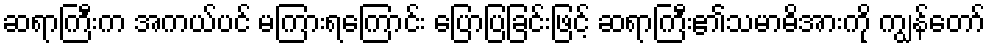
ဆရာကြီးက အကယ်ပင် မကြားရကြောင်း ပြောပြခြင်းဖြင့် ဆရာကြီး၏သမာဓိအားကို ကျွန်တော်